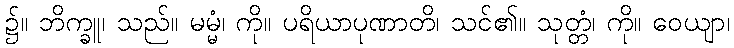
၌။ ဘိက္ခူ၊ သည်။ မမ္မံ၊ ကို။ ပရိယာပုဏာတိ၊ သင်၏။ သုတ္တံ၊ ကို။ ဝေယျာ၊